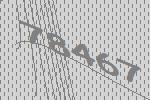
78467